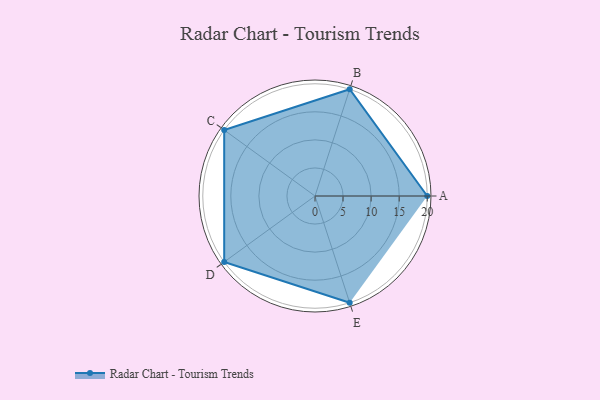
{"axis": {"x": "Skill", "y": "Score"}, "legend": ["Profile"], "data": [{"x": "A", "y": 20, "type": "Profile"}, {"x": "B", "y": 20, "type": "Profile"}, {"x": "C", "y": 20, "type": "Profile"}, {"x": "D", "y": 20, "type": "Profile"}, {"x": "E", "y": 20, "type": "Profile"}]}